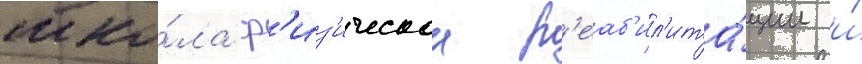
шко́ла ф'из'ическои р'еаб'ил'ита́ции и́